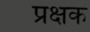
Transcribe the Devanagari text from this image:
प्रक्षक